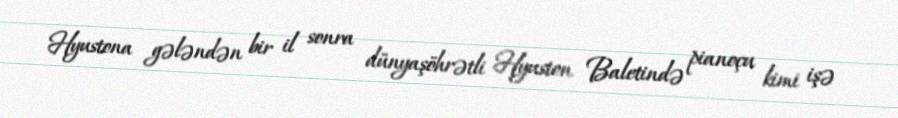
Hyustona gələndən bir il sonra dünyaşöhrətli Hyuston Baletində pianoçu kimi işə